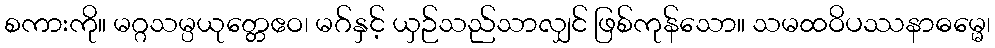
စကားကို။ မဂ္ဂသမ္ပယုတ္တေဧဝ၊ မဂ်နှင့် ယှဉ်သည်သာလျှင် ဖြစ်ကုန်သော။ သမထဝိပဿနာဓမ္မေ၊